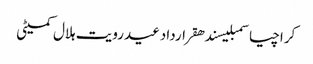
کراچیاسمبلیسندھقراردادعیدرویت ہلال کمیٹی